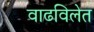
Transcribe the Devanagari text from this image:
वाढविलेत